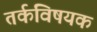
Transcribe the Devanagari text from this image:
तर्कविषयक